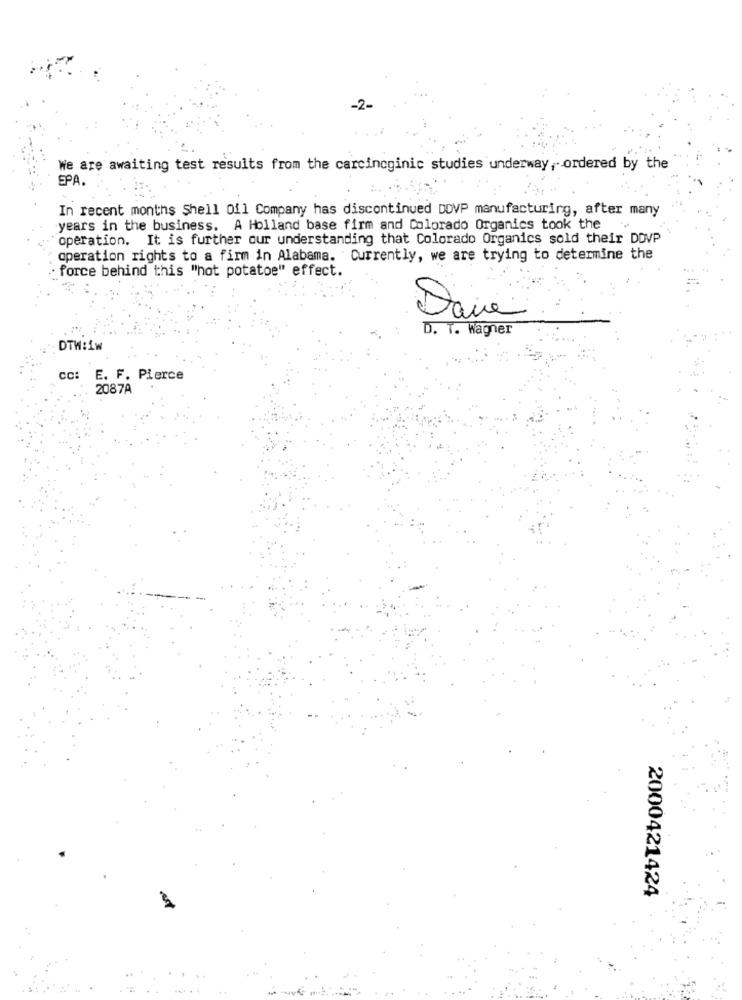
-2-
We are awaiting test results from the carcincginic studies underway, ordered by the
EPA.
In recent months Shell Oil Company has discontinued DOVP manufacturing, after many
years in the business. A Holland base firm and Colorado Organics took the
operation. It is further our understanding that Colorado Organics sold their DDVP
operation rights to a firm in Alabama. Currently, we are trying to determine the
force behind this "hot potatoe" effect.
Dane
D. T. Wagner
DTW:1w
Cc: E. F. Pierce
2087A
2000421424
.. ...